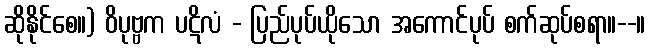
ဆိုနိုင်စေ။) ဝိပုဗ္ဗက ပဋိလံ - ပြည်ပုပ်ယိုသော အကောင်ပုပ် စက်ဆုပ်စရာ။--။